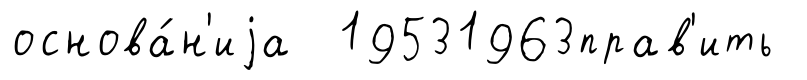
основа́н'иjа 19531963прав'ить